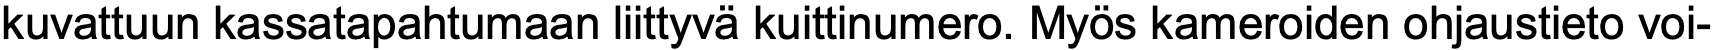
kuvattuun kassatapahtumaan liittyvä kuittinumero. Myös kameroiden ohjaustieto voi-